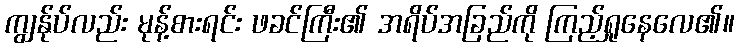
ကျွန်ုပ်လည်း မုန့်စားရင်း ဖခင်ကြီး၏ အရိပ်အခြည်ကို ကြည့်ရှုနေလေ၏။